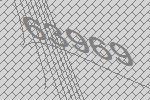
63969